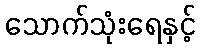
သောက်သုံးရေနှင့်